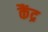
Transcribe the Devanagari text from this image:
कैंद्र